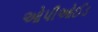
ઓપીઓઈડ